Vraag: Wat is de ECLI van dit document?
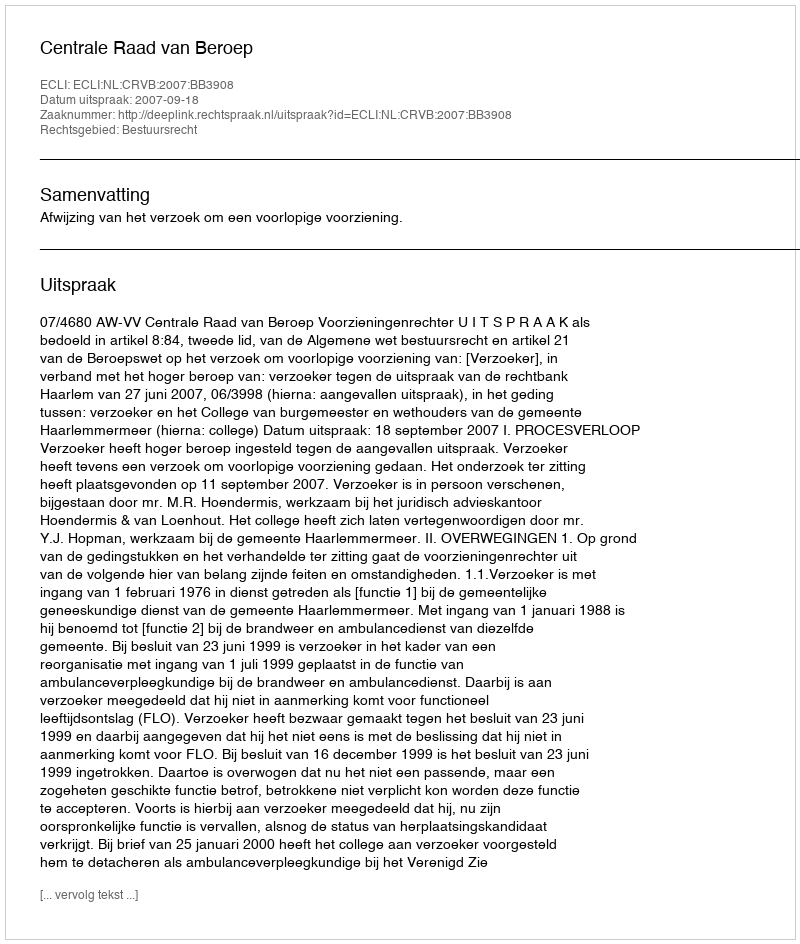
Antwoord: ECLI:NL:CRVB:2007:BB3908